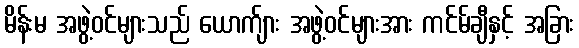
မိန်းမ အဖွဲ့ဝင်များသည် ယောက်ျား အဖွဲ့ဝင်များအား ကင်မ်ချီနှင့် အခြား